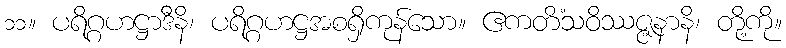
၁၁။ ပရိဂ္ဂဟဋ္ဌာဒီနိ၊ ပရိဂ္ဂဟဋ္ဌအစရှိကုန်သော။ ဧကတိံသဝိဿဇ္ဇနာနိ၊ တို့ကို။